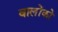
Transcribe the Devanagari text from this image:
वालोंको